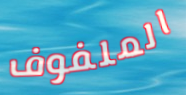
الملفوف